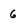
Character: 6